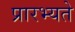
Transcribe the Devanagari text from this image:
प्रारभ्यते